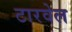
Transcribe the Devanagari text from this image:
टारवेल